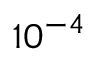
1 0 ^ { - 4 }